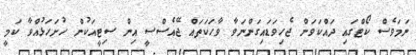
ނަމަވެސް ކޯޓްގައި ދައްކަވަން ޖެހިވަޑައިގަންނަވާ ވާހަކަތައް ޖޭއެސްސީ އިން ސިޓީއަކުން ހުށަހަޅުއްވާ ކަމީ